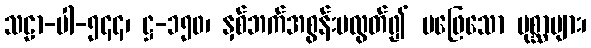
သဠာ-ပါ-၅၄၄၊ ဋ္ဌ-၁၅၀၊ နှစ်ဘက်အစွန်းမလွတ်၍ မဖြေသော ပုစ္ဆာများ၊